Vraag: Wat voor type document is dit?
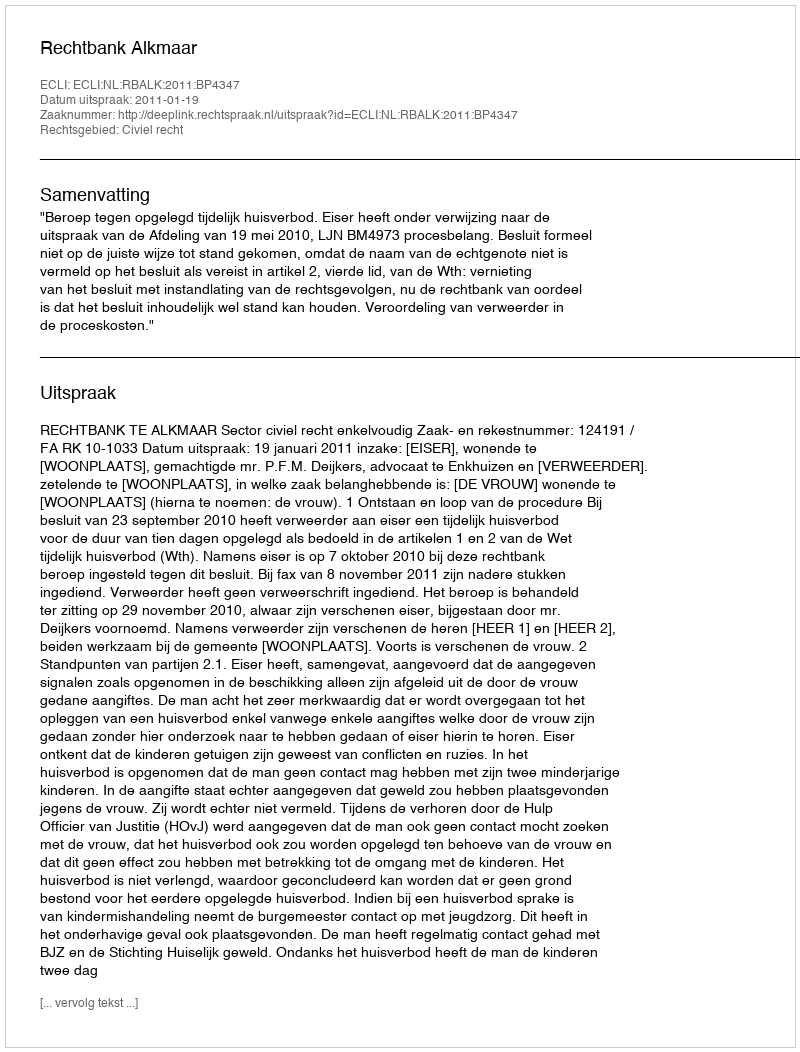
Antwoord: Uitspraak